Problem: 24 + 11 = ?
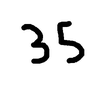
Handwritten answer: 35